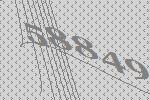
58849